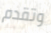
وتقدم